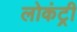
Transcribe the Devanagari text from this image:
लोकंट्री